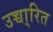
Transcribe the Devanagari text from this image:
उच्चा्रित